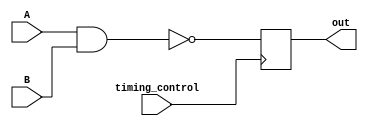
module nand_gate_delay (
    input wire A,
    input wire B,
    input wire timing_control,
    output reg out
);

always @(posedge timing_control) begin
    out <= ~(A & B); // NAND gate delay
end

endmodule